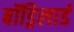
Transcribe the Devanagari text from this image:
बॉड्रिलार्ड